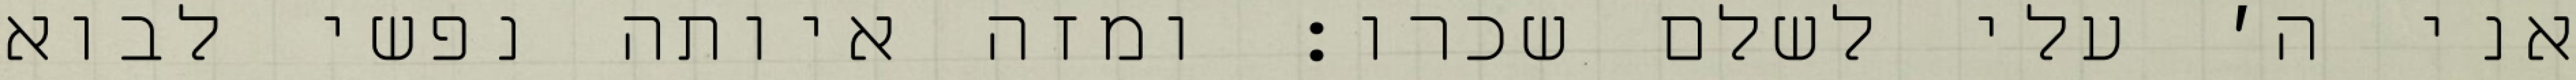
אני ה׳ עלי לשלם שכרו: ומזה איותה נפשי לבוא